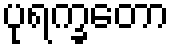
ပုရက္ခတော